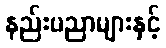
နည်းပညာများနှင့်